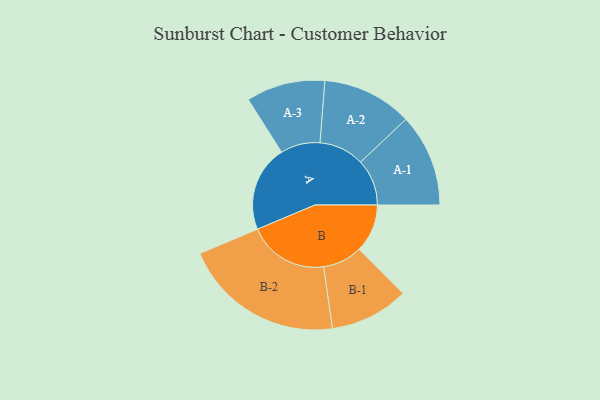
{"axis": {"x": "Segment", "y": "Value"}, "legend": ["", "A", "B"], "data": [{"x": "A", "y": 275, "type": ""}, {"x": "B", "y": 154, "type": ""}, {"x": "A-1", "y": 148, "type": "A"}, {"x": "A-2", "y": 144, "type": "A"}, {"x": "A-3", "y": 126, "type": "A"}, {"x": "B-1", "y": 126, "type": "B"}, {"x": "B-2", "y": 257, "type": "B"}]}